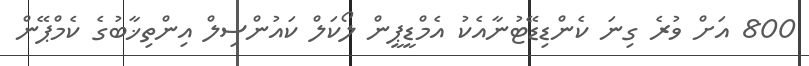
800 އަށް ވުރެ ގިނަ ކެންޑިޑޭޓުނާއެކު އެމްޑީޕީން ލޯކަލް ކައުންސިލް އިންތިޚާބުގެ ކެމްޕޭން